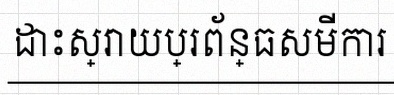
ដោះស្រាយប្រព័ន្ធសមីការ